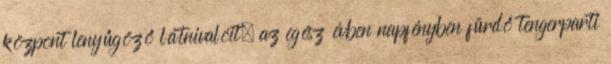
központ lenyűgöző látnivalóit, az egész évben napfényben fürdő tengerparti